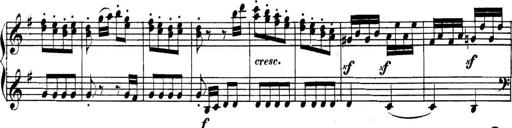
Title: Collected Piano Sonatas
Composer: Muzio Clementi